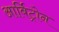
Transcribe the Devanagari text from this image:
आर्बिट्रोन